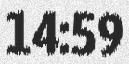
14:59